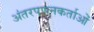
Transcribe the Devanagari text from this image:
अंतरपणनकर्ताओं